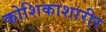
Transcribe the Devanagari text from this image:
कोशिकाशारीर